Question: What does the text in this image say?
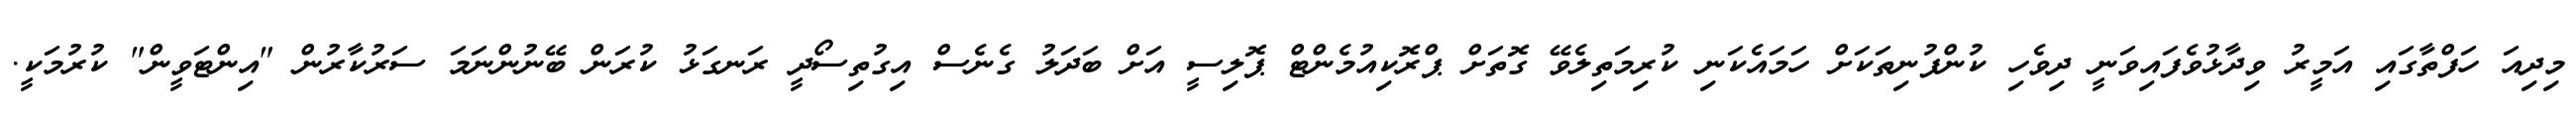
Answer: މިދިއަ ހަފްތާގައި އަމީރު ވިދާޅުވެފައިވަނީ ދިވެހި ކުންފުނިތަކަށް ހަމައެކަނި ކުރިމަތިލެވޭ ގޮތަށް ޕްރޮކިއުމެންޓް ޕޮލިސީ އަށް ބަދަލު ގެނެސް އިގުތިސޯދީ ރަނގަޅު ކުރަން ބޭނުންނަމަ ސަރުކާރުން "އިންޓަވީން" ކުރުމަކީ.